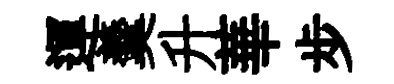
運羹升華步